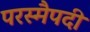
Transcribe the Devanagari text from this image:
परस्मैपदी